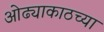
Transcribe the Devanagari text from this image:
ओढ्याकाठच्या